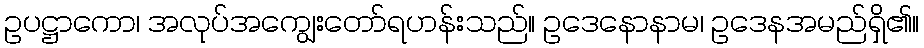
ဥပဋ္ဌာကော၊ အလုပ်အကျွေးတော်ရဟန်းသည်။ ဥဒေနောနာမ၊ ဥဒေနအမည်ရှိ၏။